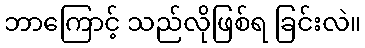
ဘာကြောင့် သည်လိုဖြစ်ရ ခြင်းလဲ။